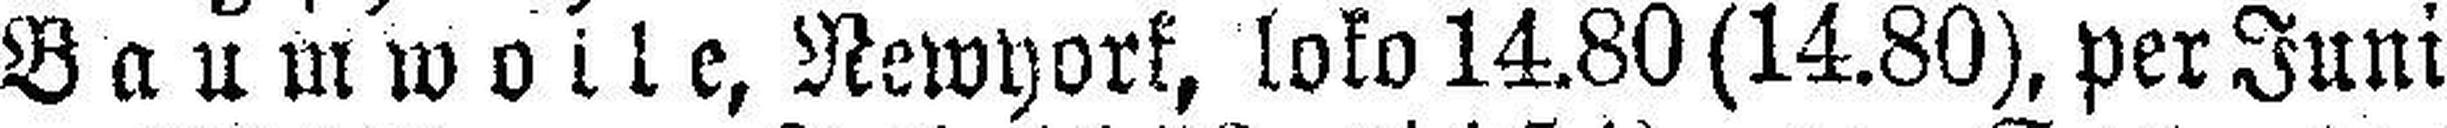
BaumwolIe, Newyork, loko 14.80 (14.80), per Juni